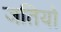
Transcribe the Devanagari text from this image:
जतियो